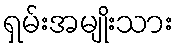
ရှမ်းအမျိုးသား